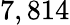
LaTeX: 7,814